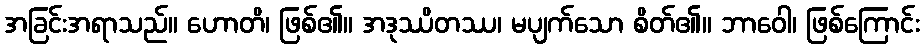
အခြင်းအရာသည်။ ဟောတိ၊ ဖြစ်၏။ အဒုဿိတဿ၊ မပျက်သော စိတ်၏။ ဘာဝေါ၊ ဖြစ်ကြောင်း